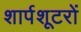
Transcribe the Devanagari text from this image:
शार्पशूटरों